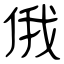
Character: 俄